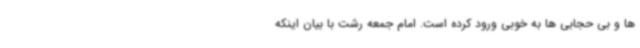
ها و بی حجابی ها به خوبی ورود کرده است. امام جمعه رشت با بیان اینکه